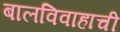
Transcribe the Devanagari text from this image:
बालविवाहाची